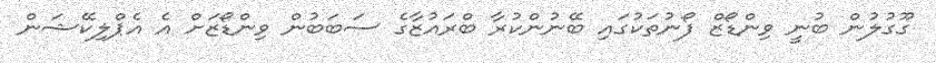
ގޫގުލުން ބުނީ ވިންޑޯޒް ފޯނުތަކުގައި ބޭނުންކުރާ ބްރައުޒާގެ ސަބަބުން ވިންޑޯޒަށް އެ އެޕްލިކޭޝަން